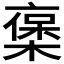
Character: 𠆅